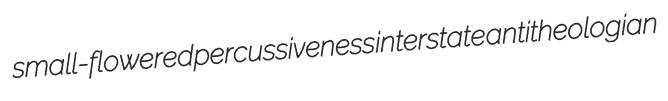
small-flowered percussiveness interstate antitheologian